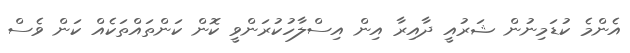
އެންމެ ކުޑަމިނުން ޝަރުއީ ދާއިރާ އިން އިސްލާހުކުރަންވީ ކޮން ކަންތައްތަކެއް ކަން ވެސް